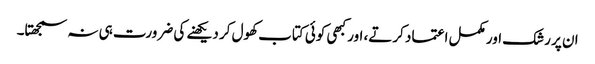
ان پر رشک اور مکمل اعتماد کرتے، اور کبھی کوئی کتاب کھول کر دیکھنے کی ضرورت ہی نہ سمجھتا۔